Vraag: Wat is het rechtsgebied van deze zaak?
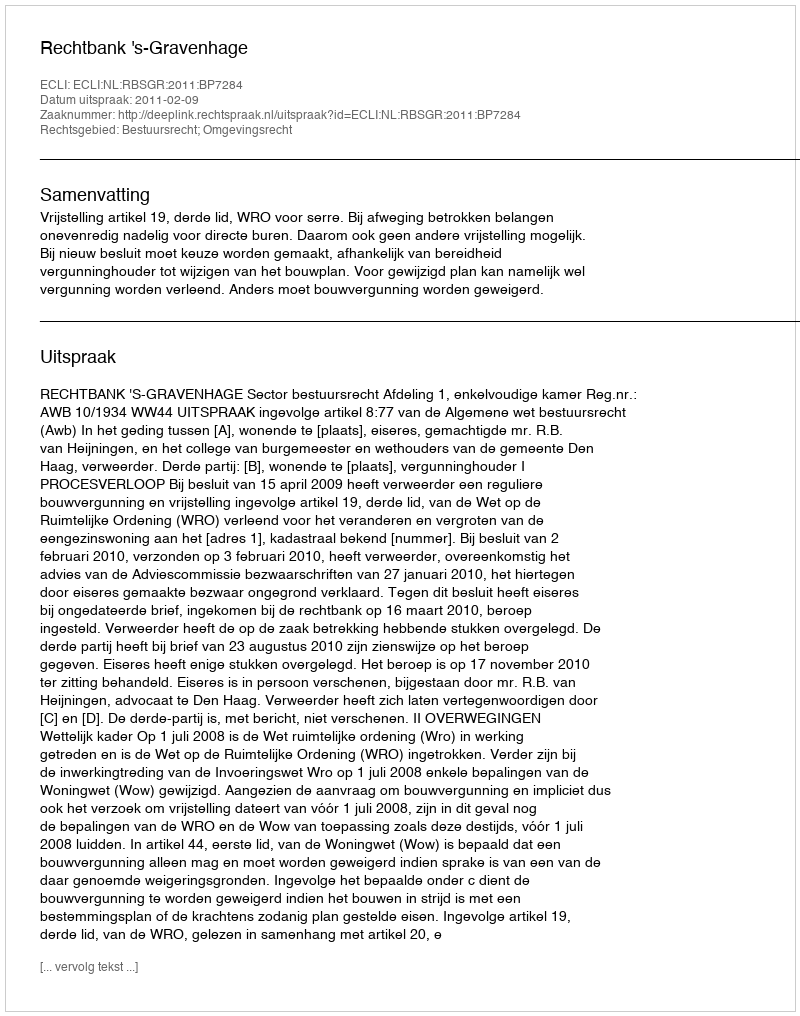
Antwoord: Bestuursrecht; Omgevingsrecht